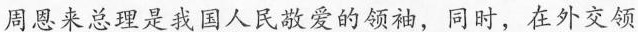
周恩来总理是我国人民敬爱的领袖，同时，在外交领